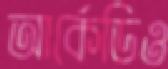
আর্কেডিও